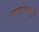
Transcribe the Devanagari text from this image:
धाडल्यामुळे